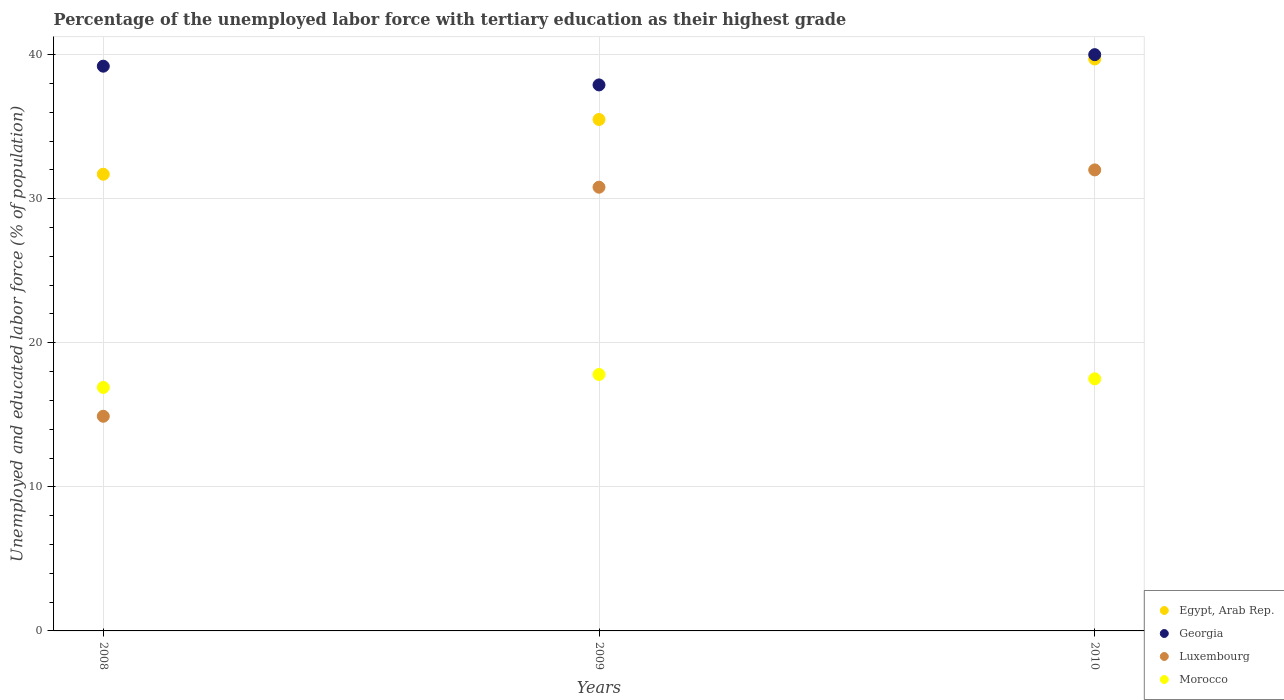
| Years | Egypt, Arab Rep. | Georgia | Luxembourg | Morocco |
 | --- | --- | --- | --- | --- |
 | 2008 | 31.7 | 39.2 | 14.9 | 16.9 |
 | 2009 | 35.5 | 37.9 | 30.8 | 17.8 |
 | 2010 | 39.7 | 40 | 32 | 17.5 |